Indian Medical Review
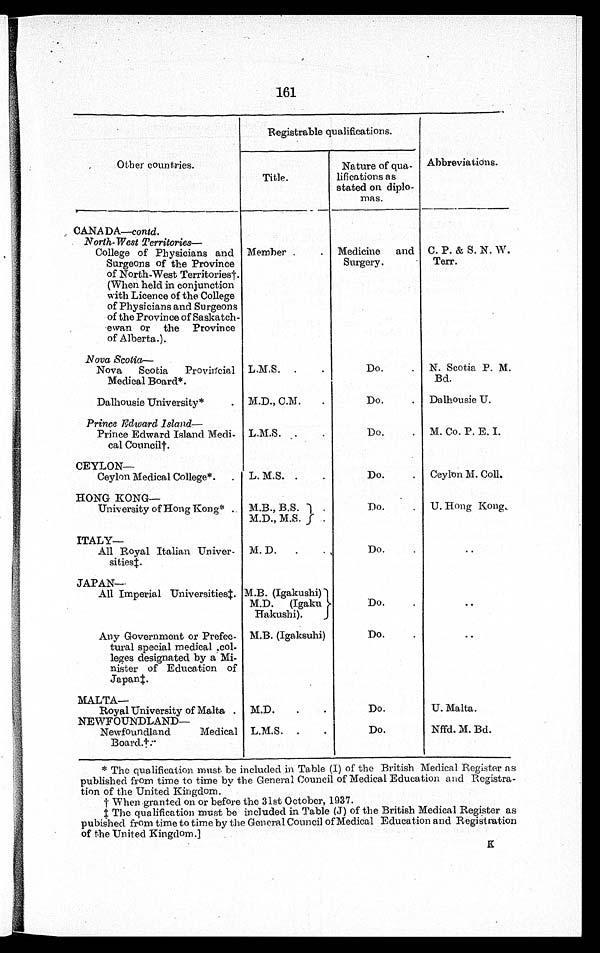
161
Other countries.
Registrable qualifications.
Abbreviations.
Title.
Nature of qua-
lifications as
stated on diplo-
mas.
CANADA—contd.
North-West Territories—
College of Physicians and
Surgeons of the Province
of North-West Territories†.
(When held in conjunction
with Licence of the College
of Physicians and Surgeons
of the Province of Saskatch-
ewan or the Province
of Alberta.).
Member
Medicine and
Surgery.
C. P. & S. N. W.
Terr.
Nova Scotia
—
Nova Scotia Provincial
Medical Board*.
L.M.S.
Do.
N. Scotia P. M.
Bd.
Dalhousie University*
M.D., C.M.
Do.
Dalhousie U.
Prince Edward Island—
Prince Edward Island Medi-
cal Council†.
L.M.S.
Do.
M. Co. P. E. I.
CEYLON—
Ceylon Medical College*.
L. M.S.
Do.
Ceylon M. Coll.
HONG KONG—
University of Hong Kong*
M.B., B.S.
Do.
U. Hong Kong.
M.D., M.S.
ITALY—
All Royal Italian Univer-
s i t i e s ‡ .
M. D.
Do.
. .
JAPAN—
All Imperial Universities‡. M.B. (Igakushi)
D o .
. .
M.D. (Igaku
Hakushi).
Any Government or Prefec-
tural special medical, col-
leges designated by a Mi-
nister of Education of
Japan‡.
M.B. (Igaksuhi)
D o .
. .
MALTA—
Royal University of Malta
M.D.
Do.
U. Malta.
NEWFOUNDLAND—
Newfoundland Medical
B o a r d . †
L.M.S.
Do.
Nffd. M. Bd.
*The qualification must be included in Table (I) of the British Medical Register as
published from time to time by the General Council of Medical Education and Registra-
tion of the United Kingdom.
†When granted on or before the 31st October, 1937.
‡The qualification must be included in Table (J) of the British Medical Register as
pubished from time to time by the General Council of Medical Education and Registration
of the United Kingdom.]